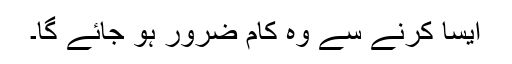
ایسا کرنے سے وہ کام ضرور ہو جائے گا۔